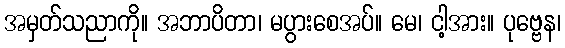
အမှတ်သညာကို။ အဘာပိတာ၊ မပွားစေအပ်။ မေ၊ ငါ့အား။ ပုဗ္ဗေန၊